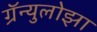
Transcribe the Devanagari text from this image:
ग्रॅन्युलोझा